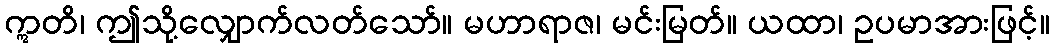
ဣတိ၊ ဤသို့လျှောက်လတ်သော်။ မဟာရာဇ၊ မင်းမြတ်။ ယထာ၊ ဥပမာအားဖြင့်။